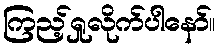
ကြည့်ရှုလိုက်ပါနော်။